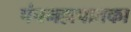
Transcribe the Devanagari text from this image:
पंचमहापातका